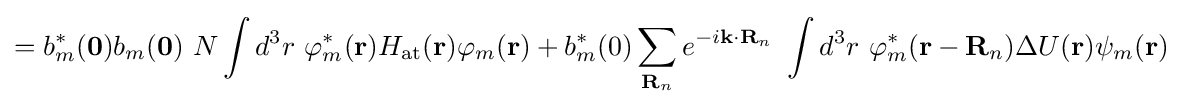
=b_{m}^{*}(\mathbf {0} )b_{m}(\mathbf {0} )\ N\int d^{3}r\ \varphi _{m}^{*}(\mathbf {r} )H_{\mathrm {at} }(\mathbf {r} )\varphi _{m}(\mathbf {r} )+b_{m}^{*}(0)\sum _{\mathbf {R} _{n}}e^{-i\mathbf {k} \cdot \mathbf {R} _{n}}\ \int d^{3}r\ \varphi _{m}^{*}(\mathbf {r} -\mathbf {R} _{n})\Delta U(\mathbf {r} )\psi _{m}(\mathbf {r} )